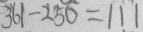
3 6 1 - 2 5 0 = 1 1 1